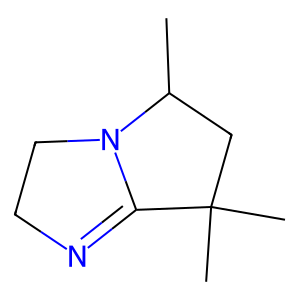
SMILES: CC1CC(C)(C)C2=NCCN21
Inhibits HIV replication: No